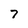
Character: 7